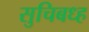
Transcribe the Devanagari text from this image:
सुचिबध्ह